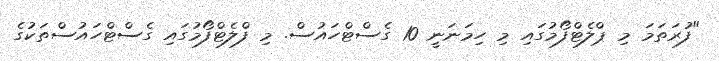
"ފުރަތަމަ މި ޕްލެޓްފޯމުގައި މި ހިމަނަނީ 10 ގެސްޓްހައުސް. މި ފްލެޓްފޯމުގައި ގެސްޓްހައުސްތަކުގެ